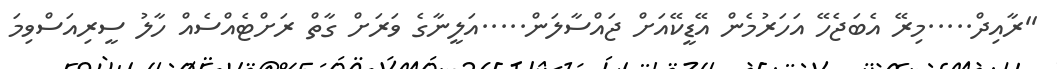
''ރާއިދް.....މިރޭ އެބަޖެހޭ އަހަރުމެން އޭޑީކޭއަށް ޖައްސާލަން.....އަލީނާގެ ވަރަށް ގާތް ރަށްޓެއްސެއް ހާލު ސީރިއަސްވިމަ